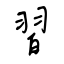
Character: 習